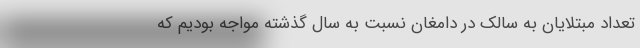
تعداد مبتلایان به سالک در دامغان نسبت به سال گذشته مواجه بودیم که